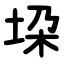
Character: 垜